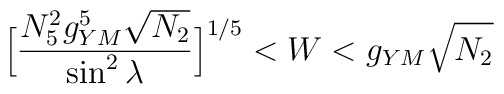
\Big[ \frac{N_{5}^{2} g_{YM}^{5} \sqrt{N_{2}}}{\sin^{2} \lambda} \Big] ^{1/5}  < W < g_{YM} \sqrt{N_{2}}